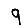
Digit: 9